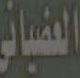
العضياني